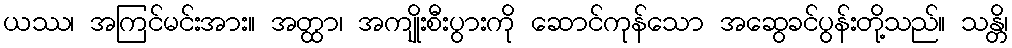
ယဿ၊ အကြင်မင်းအား။ အတ္ထာ၊ အကျိုးစီးပွားကို ဆောင်ကုန်သော အဆွေခင်ပွန်းတို့သည်။ သန္တိ၊